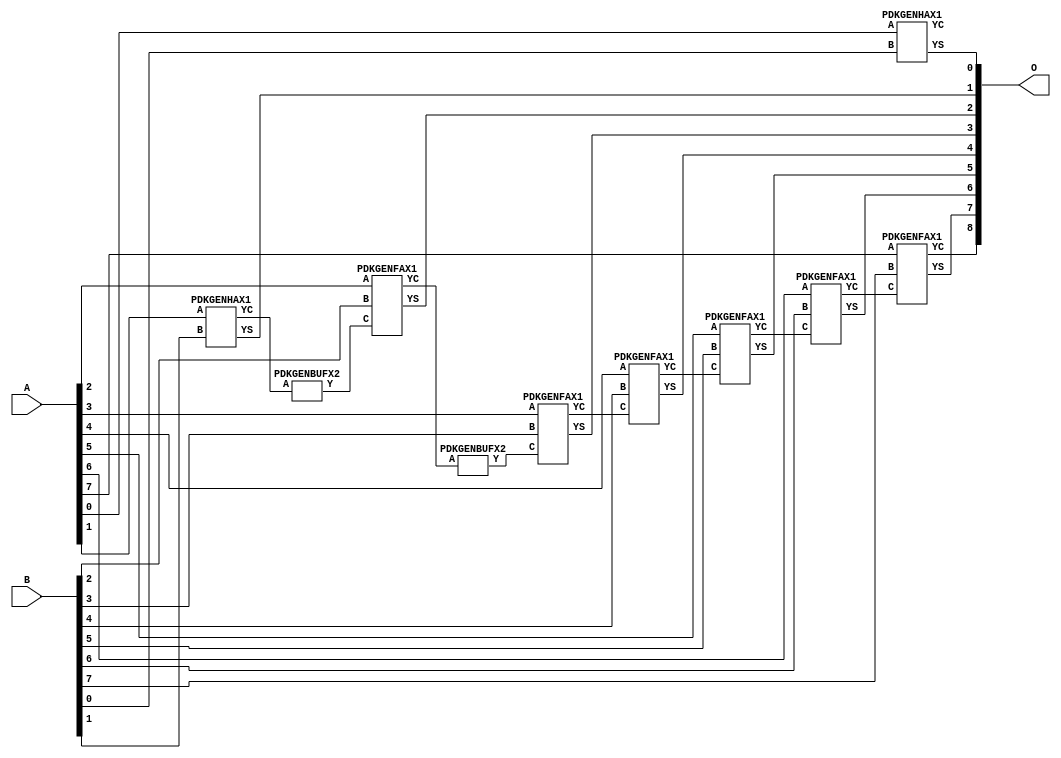
// Library = EvoApprox8b
// Circuit = add8_106
// Area   (180) = 928
// Delay  (180) = 1.550
// Power  (180) = 322.20
// Area   (45) = 68
// Delay  (45) = 0.600
// Power  (45) = 30.61
// Nodes = 10
// HD = 32640
// MAE = 0.50000
// MSE = 1.00000
// MRE = 0.27 %
// WCE = 2
// WCRE = 100 %
// EP = 25.0 %

module add8_106(A, B, O);
  input [7:0] A;
  input [7:0] B;
  output [8:0] O;
  wire [2031:0] N;

  assign N[0] = A[0];
  assign N[1] = A[0];
  assign N[2] = A[1];
  assign N[3] = A[1];
  assign N[4] = A[2];
  assign N[5] = A[2];
  assign N[6] = A[3];
  assign N[7] = A[3];
  assign N[8] = A[4];
  assign N[9] = A[4];
  assign N[10] = A[5];
  assign N[11] = A[5];
  assign N[12] = A[6];
  assign N[13] = A[6];
  assign N[14] = A[7];
  assign N[15] = A[7];
  assign N[16] = B[0];
  assign N[17] = B[0];
  assign N[18] = B[1];
  assign N[19] = B[1];
  assign N[20] = B[2];
  assign N[21] = B[2];
  assign N[22] = B[3];
  assign N[23] = B[3];
  assign N[24] = B[4];
  assign N[25] = B[4];
  assign N[26] = B[5];
  assign N[27] = B[5];
  assign N[28] = B[6];
  assign N[29] = B[6];
  assign N[30] = B[7];
  assign N[31] = B[7];

  PDKGENHAX1 n76(.A(N[0]), .B(N[16]), .YS(N[76]), .YC(N[77]));
  PDKGENHAX1 n82(.A(N[2]), .B(N[18]), .YS(N[82]), .YC(N[83]));
  PDKGENBUFX2 n114(.A(N[83]), .Y(N[114]));
  PDKGENFAX1 n132(.A(N[4]), .B(N[20]), .C(N[114]), .YS(N[132]), .YC(N[133]));
  PDKGENBUFX2 n174(.A(N[133]), .Y(N[174]));
  assign N[175] = N[174];
  PDKGENFAX1 n182(.A(N[6]), .B(N[22]), .C(N[175]), .YS(N[182]), .YC(N[183]));
  PDKGENFAX1 n232(.A(N[8]), .B(N[24]), .C(N[183]), .YS(N[232]), .YC(N[233]));
  PDKGENFAX1 n282(.A(N[10]), .B(N[26]), .C(N[233]), .YS(N[282]), .YC(N[283]));
  PDKGENFAX1 n332(.A(N[12]), .B(N[28]), .C(N[283]), .YS(N[332]), .YC(N[333]));
  PDKGENFAX1 n382(.A(N[14]), .B(N[30]), .C(N[333]), .YS(N[382]), .YC(N[383]));

  assign O[0] = N[76];
  assign O[1] = N[82];
  assign O[2] = N[132];
  assign O[3] = N[182];
  assign O[4] = N[232];
  assign O[5] = N[282];
  assign O[6] = N[332];
  assign O[7] = N[382];
  assign O[8] = N[383];

endmodule
/* mod */
module PDKGENHAX1( input A, input B, output YS, output YC );
    assign YS = A ^ B;
    assign YC = A & B;
endmodule
/* mod */
module PDKGENFAX1( input A, input B, input C, output YS, output YC );
    assign YS = (A ^ B) ^ C;
    assign YC = (A & B) | (B & C) | (A & C);
endmodule
/* mod */
module PDKGENBUFX2(input A, output Y );
     assign Y = A;
endmodule